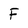
Character: F